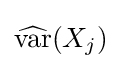
{\widehat {\operatorname {var} }}(X_{j})